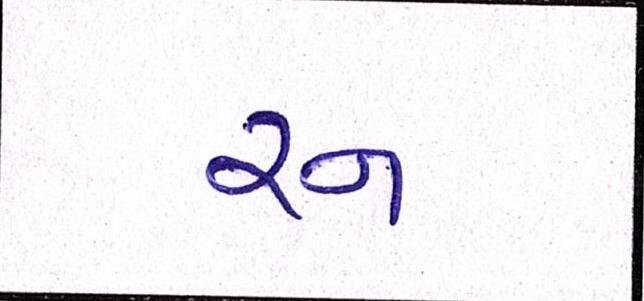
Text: રન